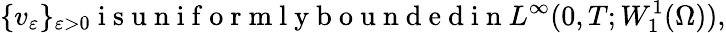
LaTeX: \{ v_{\varepsilon}\} _{\varepsilon>0}\mathrm{~i~s~u~n~i~f~o~r~m~l~y~b~o~u~n~d~e~d~i~n~}L^{\infty}(0,T;W_{1}^{1}(\Omega)),